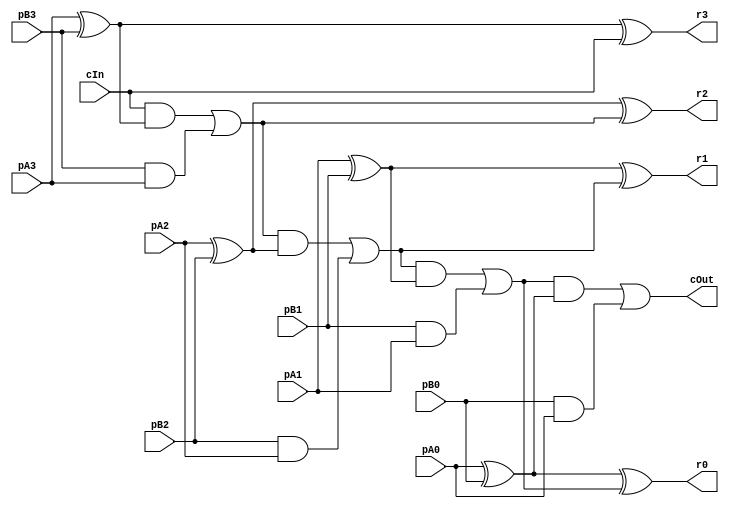
module CRippleCarryAdder_4_4_4_InOutT(pA3,pA2,pA1,pA0, pB3,pB2,pB1,pB0, r3,r2,r1,r0, cIn, cOut);

input pA3,pA2,pA1,pA0, pB3,pB2,pB1,pB0, cIn;
output r3,r2,r1,r0, cOut;
wire w1, w2, w3, w4, w5, w6, w7, w8, w9, w10, w11, w12, w13, w14, w15, w16, w17, w18, w19, w20, w21, w22, w23, w24, w25, w26, w27, w28, w29, w30;

assign w1 = pA3;
assign w2 = pA2;
assign w3 = pA1;
assign w4 = pA0;
assign w5 = pB3;
assign w6 = pB2;
assign w7 = pB1;
assign w8 = pB0;
assign r3 = w9;
assign r2 = w10;
assign r1 = w11;
assign r0 = w12;
assign w14 = cIn;
assign cOut = w13;

assign w17 = w1 ^ w5;
assign w9 = w17 ^ w14;
assign w18 = w14 & w17;
assign w19 = w5 & w1;
assign w16 = w18 | w19;
assign w21 = w2 ^ w6;
assign w10 = w21 ^ w16;
assign w22 = w16 & w21;
assign w23 = w6 & w2;
assign w20 = w22 | w23;
assign w25 = w3 ^ w7;
assign w11 = w25 ^ w20;
assign w26 = w20 & w25;
assign w27 = w7 & w3;
assign w24 = w26 | w27;
assign w28 = w4 ^ w8;
assign w12 = w28 ^ w24;
assign w29 = w24 & w28;
assign w30 = w8 & w4;
assign w13 = w29 | w30;

endmodule